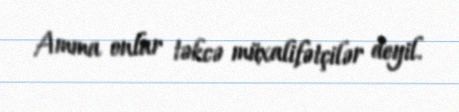
Amma onlar təkcə müxalifətçilər deyil.